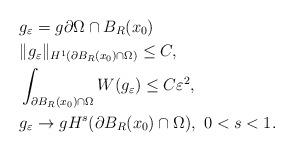
LaTeX: \begin{align*}&g_\varepsilon=g\partial\Omega\cap B_R(x_0)\,\\&\|g_\varepsilon\|_{H^1(\partial B_R(x_0)\cap\Omega)}\leq C,\\&\int_{\partial B_R(x_0)\cap\Omega} W(g_\varepsilon)\leq C\varepsilon^2,\\& g_\varepsilon\to gH^s (\partial B_R(x_0)\cap\Omega),\ 0<s<1.\end{align*}